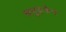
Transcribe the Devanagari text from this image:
समुद्रफेन